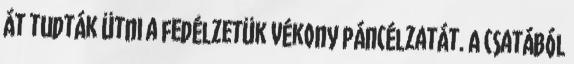
át tudták ütni a fedélzetük vékony páncélzatát. A csatából